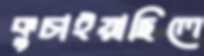
কুচাইয়াছিলে